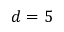
d = 5